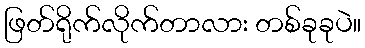
ဖြတ်ရိုက်လိုက်တာလား တစ်ခုခုပဲ။